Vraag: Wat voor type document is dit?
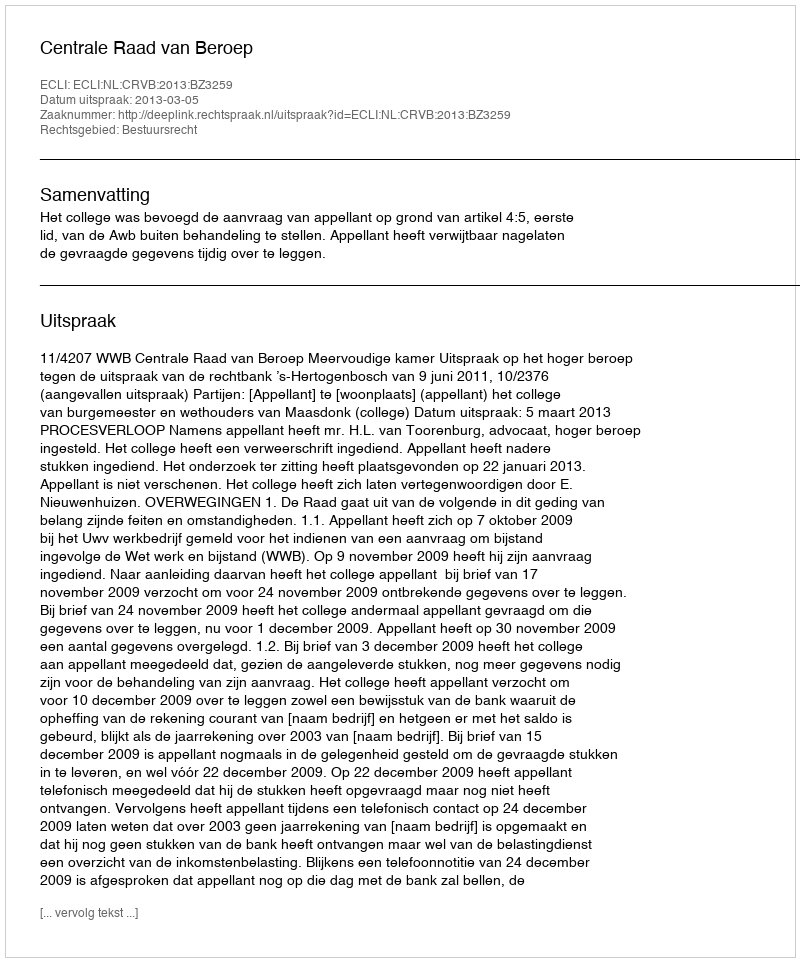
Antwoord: Uitspraak